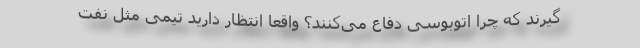
‌گیرند که چرا اتوبوسی دفاع می‌کنند؟ واقعاً انتظار دارید تیمی مثل نفت